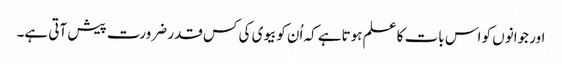
اور جوانوں کو اس بات کا علم ہوتاہے کہ اُن کوبیوی کی کس قدر ضرورت پیش آتی ہے۔